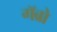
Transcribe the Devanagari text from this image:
गॅब्रो